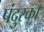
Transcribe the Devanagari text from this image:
पंदुरका